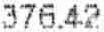
376.42